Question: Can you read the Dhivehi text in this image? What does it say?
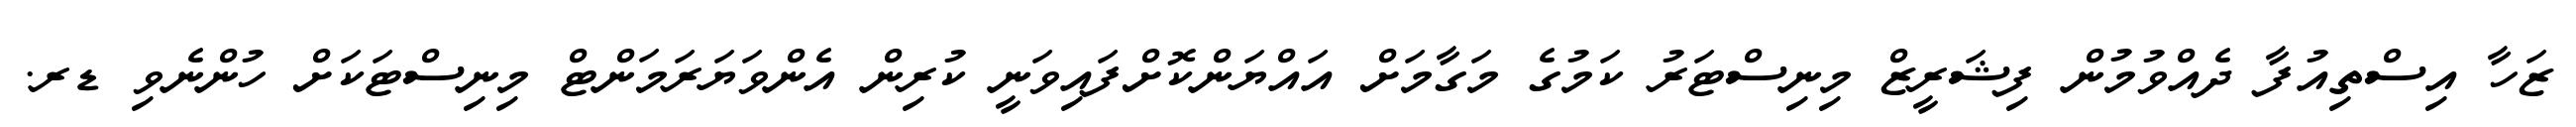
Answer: ޒަހާ އިސްތިއުފާ ދެއްވުމުން ފިޝަރީޒް މިނިސްޓަރު ކަމުގެ މަގާމަށް އައްޔަންކޮށްފައިވަނީ ކުރިން އެންވަޔަރަމަންޓް މިނިސްޓަކަށް ހުންނެވި ޑރ.